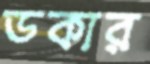
ডকার